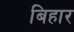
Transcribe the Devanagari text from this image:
बिहार